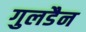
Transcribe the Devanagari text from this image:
गुलडैन